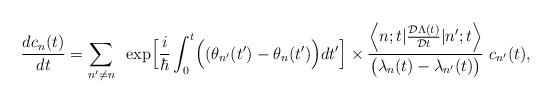
LaTeX: \begin{align*}\frac{d c_{n}(t)}{d t}=\sum_{n^{\prime} \ne n}~\exp\Bigl[\frac{i}{\hbar}\int_{0}^{t} \Bigl((\theta_{n^{\prime}}(t^{\prime})-\theta_{n}(t^{\prime})\Bigr)d t^{\prime}\Bigr]\times \frac{\Bigl<n;t|\frac{{\cal D} \Lambda(t)}{{\cal D} t}|n^{\prime};t\Bigr>}{\bigl(\lambda_{n}(t)-\lambda_{n^{\prime}}(t)\bigr)} ~c_{n^{\prime}}(t),\end{align*}